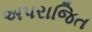
અપરાજિત